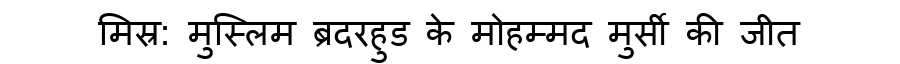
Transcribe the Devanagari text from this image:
मिस्र: मुस्लिम ब्रदरहुड के मोहम्मद मुर्सी की जीत